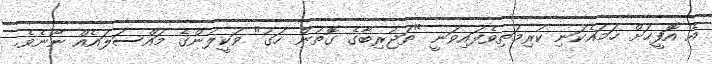
އެ އޮފީހަށް ހަމައެކަނި ކުރިމަތިވެފައިވަނީ "ތަޖުރިބާގެ ގޮތުން ހަގު" ވަކީލުންގެ މައްސަލައެއް ނޫނެވެ.